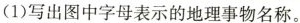
(1)写出图中字母表示的地理事物名称。